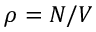
\rho = N / V